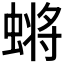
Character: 𮔬